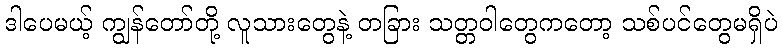
ဒါပေမယ့် ကျွန်တော်တို့ လူသားတွေနဲ့ တခြား သတ္တဝါတွေကတော့ သစ်ပင်တွေမရှိပဲ